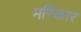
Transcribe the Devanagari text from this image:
मरिकार